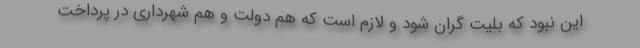
این نبود که بلیت گران شود و لازم است که هم دولت و هم شهرداری در پرداخت